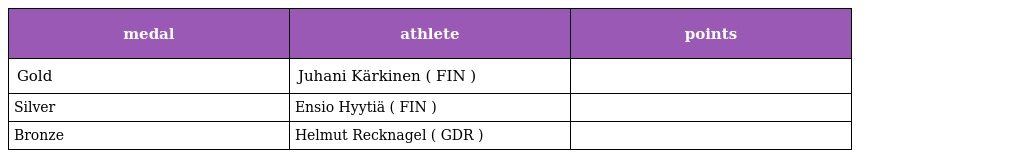
| medal | athlete | points |
 | --- | --- | --- |
 | Gold | Juhani Kärkinen ( FIN ) |  |
 | Silver | Ensio Hyytiä ( FIN ) |  |
 | Bronze | Helmut Recknagel ( GDR ) |  |